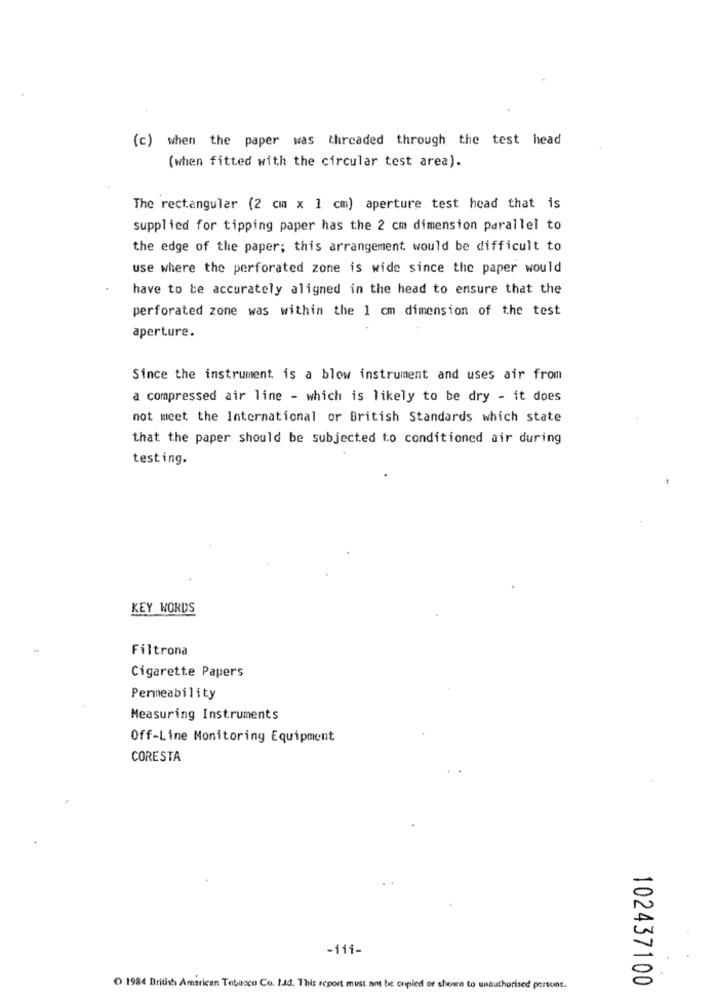
(c) when the paper was threaded through the test head
(when fitted with the circular test area).
The rectangular (2 cm x 1 cm) aperture test head that is
supplied for tipping paper has the 2 cm dimension parallel to
the edge of the paper; this arrangement would be difficult to
use where the perforated zone is wide since the paper would
have to be accurately aligned in the head to ensure that the
perforated zone was within the 1 cm dimension of the test
aperture.
Since the instrument. is a blow instrument and uses air from
a compressed air line - which is likely to be dry - it does
not meet the International or British Standards which state
that the paper should be subjected to conditioned air during
testing.
KEY WORDS
Filtrona
Cigarette Papers
Permeability
Measuring Instruments
Off-Line Monitoring Equipment
CORESTA
-11i-
102437100
1984 British American Tobacco Co. Lad. This report must not bie cripied or sheves to unauthorised persons.